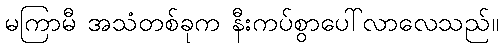
မကြာမီ အသံတစ်ခုက နီးကပ်စွာပေါ်လာလေသည်။